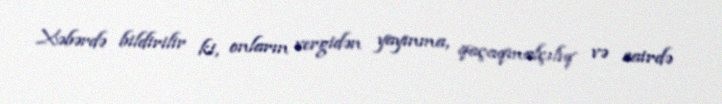
Xəbərdə bildirilir ki, onların vergidən yayınma, qaçaqmalçılıq və sairdə